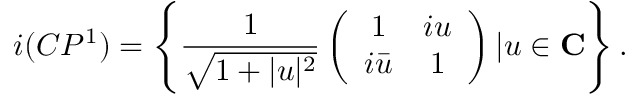
i ( C P ^ { 1 } ) = \left\{ \frac { 1 } { \sqrt { 1 + | u | ^ { 2 } } } \left( \begin{array} { c c } { { 1 } } & { { i u } } \\ { { i \bar { u } } } & { { 1 } } \end{array} \right) | u \in \bf C \right\} .